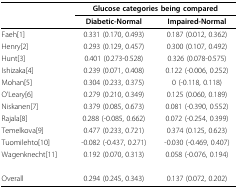
|  | <COLSPAN=2> Glucose categories being compared |
 |  | Diabetic-Normal | Impaired-Normal |
 | --- | --- | --- |
 | Faeh[1] | 0.331 (0.170, 0.493) | 0.187 (0.012, 0.362) |
 | Henry[2] | 0.293 (0.129, 0.457) | 0.300 (0.107, 0.492) |
 | Hunt[3] | 0.401 (0.273-0.528) | 0.326 (0.078-0.575) |
 | Ishizaka[4] | 0.239 (0.071, 0.408) | 0.122 (-0.006, 0.252) |
 | Mohan[5] | 0.304 (0.233, 0.375) | 0 (-0.118, 0.118) |
 | O'Leary[6] | 0.279 (0.210, 0.349) | 0.125 (0.060, 0.189) |
 | Niskanen[7] | 0.379 (0.085, 0.673) | 0.081 (-0.390, 0.552) |
 | Rajala[8] | 0.288 (-0.085, 0.662) | 0.072 (-0.254, 0.399) |
 | Temelkova[9] | 0.477 (0.233, 0.721) | 0.374 (0.125, 0.623) |
 | Tuomilehto[10] | -0.082 (-0.437, 0.271) | -0.030 (-0.469, 0.407) |
 | Wagenknecht[11] | 0.192 (0.070, 0.313) | 0.058 (-0.076, 0.194) |
 | Overall | 0.294 (0.245, 0.343) | 0.137 (0.072, 0.202) |